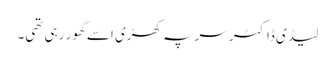
لیڈی ڈاکٹر سر پہ کھڑی اسے گھور رہی تھی۔